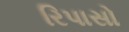
રિપાસો